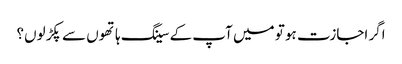
اگر اجازت ہو تو میں آپ کے سینگ ہاتھوں سے پکڑ لوں؟